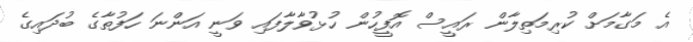
އެ މަގާމަށް ކުރިމަތިލާން ރައީސް އޮފީހުން ހުޅުވާލާފައި ވަނީ އަންނަ ހަފުތާގެ ބުދައިގެ